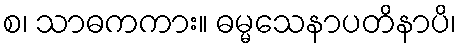
စ၊ သာဓကကား။ ဓမ္မသေနာပတိနာပိ၊